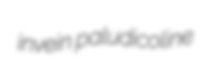
invein paludicoline